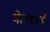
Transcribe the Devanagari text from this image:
भेटकार्ड